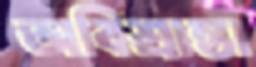
অবিশ্রান্তা